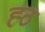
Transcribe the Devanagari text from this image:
ह्ठ